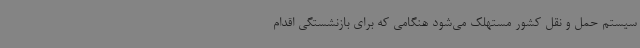
سیستم حمل و نقل کشور مستهلک می‌شود هنگامی که برای بازنشستگی اقدام